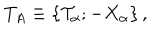
LaTeX: T _ { A } \equiv \left\{ { \cal T } _ { \alpha } ; - X _ { \alpha } \right\} ,